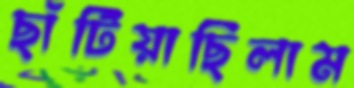
ছাঁটিয়াছিলাম